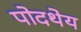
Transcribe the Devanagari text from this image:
पोदथेय